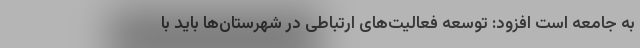
به جامعه است افزود: توسعه فعالیت‌های ارتباطی در شهرستان‌ها باید با